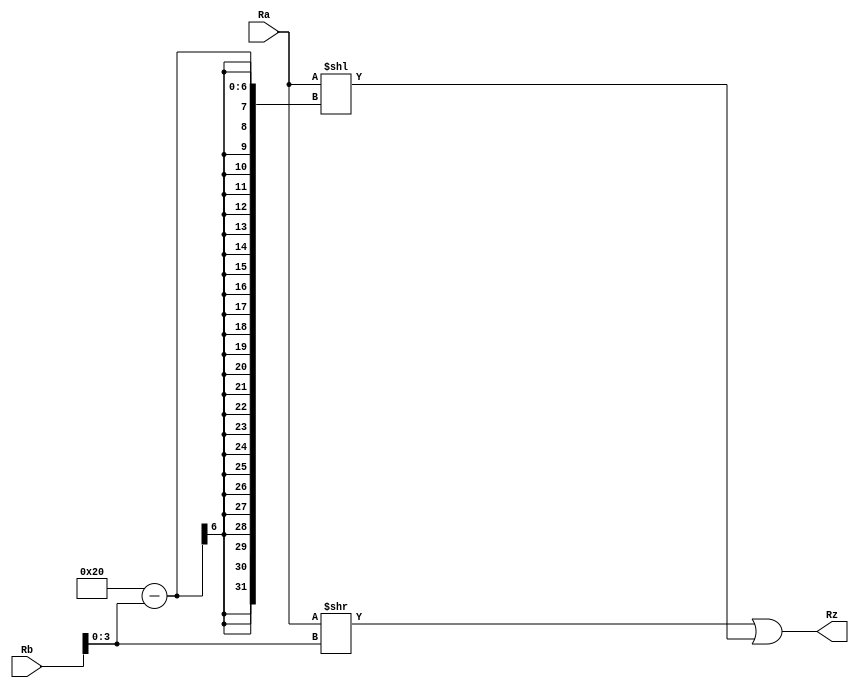
`timescale 1ns / 1ps



module Ror_32(
	input wire [31:0] Ra,
	input wire [31:0] Rb,
	output wire [31:0] Rz
	);
	//shift right by up to 31 bits, and OR it with a left shift of the opposit size
	assign Rz =  (Ra >> Rb[3:0])|(Ra << 32-Rb[3:0]);
endmodule